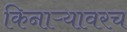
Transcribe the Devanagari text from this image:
किनाऱ्यावरच